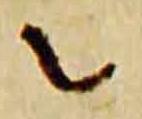
者